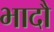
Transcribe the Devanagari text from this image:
भादौ